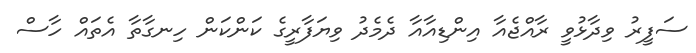
ސަފީރު ވިދާޅުވީ ރާއްޖެއާ އިންޑިއާއާ ދެމެދު ވިޔަފާރީގެ ކަންކަން ހިނގާތާ އެތައް ހާސް